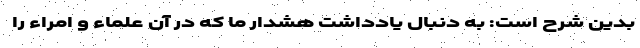
بدین شرح است: به دنبال یادداشت هشدار ما که در آن علماء و امراء را